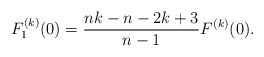
\begin{align*} F_{1}^{(k)}(0)=\frac{nk-n-2k+3}{n-1}F^{(k)}(0).\end{align*}